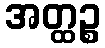
အတ္ထဉ္စ